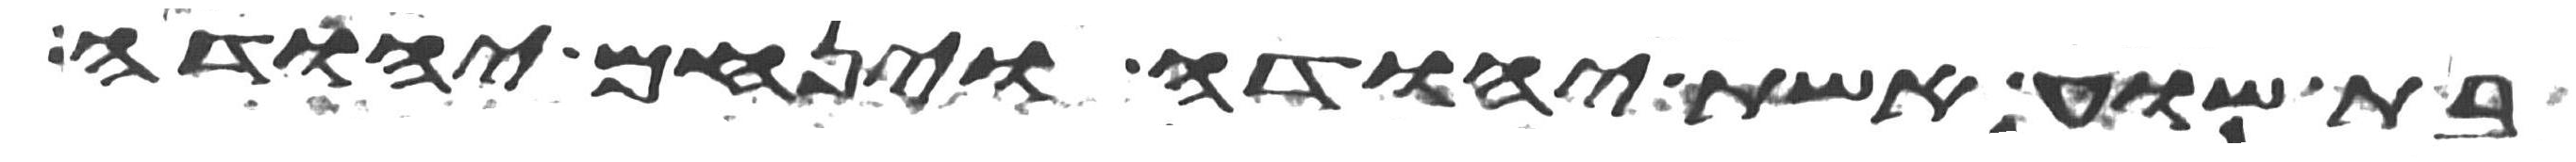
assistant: בת שוע אשת יהודה וינחם יהודה